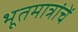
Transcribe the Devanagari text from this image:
भूतमात्रांचें